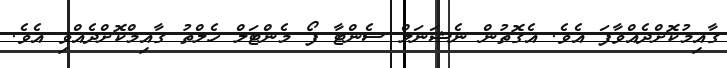
ގާއިމުކޮށްދެއްވާފަ އެވެ. އެގޮތުން ނެޝަނަލް ސެންޓާ ފޯ މެންޓަލް ހެލްތު ގާއިމްކޮށްދެއްވި އެވެ.